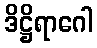
ဒိဋ္ဌိရာဂေါ